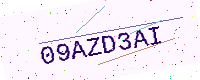
Text: 09AZD3AI